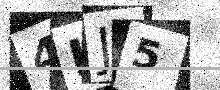
Text: 4IJ5